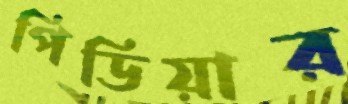
পিডিয়ার